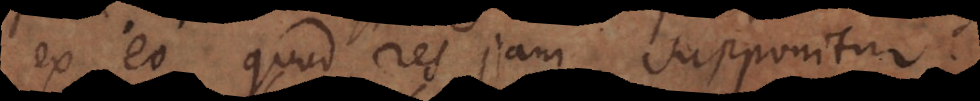
ex eo quod res jam supponitur.